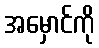
အမှောင်ကို